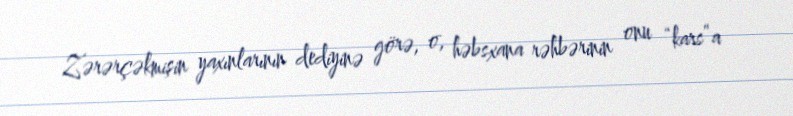
Zərərçəkmişin yaxınlarının dediyinə görə, o, həbsxana rəhbərinin onu “kars”a